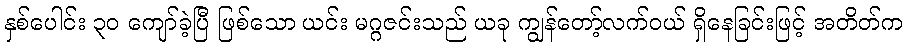
နှစ်ပေါင်း ၃၀ ကျော်ခဲ့ပြီ ဖြစ်သော ယင်း မဂ္ဂဇင်းသည် ယခု ကျွန်တော့်လက်ဝယ် ရှိနေခြင်းဖြင့် အတိတ်က